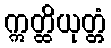
ဣတ္ထိယုတ္တံ